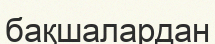
бақшалардан